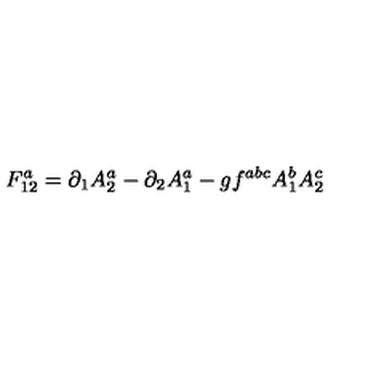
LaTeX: F _ { 1 2 } ^ { a } = \partial _ { 1 } A _ { 2 } ^ { a } - \partial _ { 2 } A _ { 1 } ^ { a } - g f ^ { a b c } A _ { 1 } ^ { b } A _ { 2 } ^ { c }